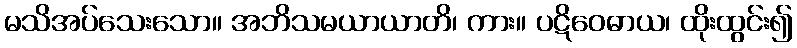
မသိအပ်သေးသော။ အဘိသမယာယာတိ၊ ကား။ ပဋိဝေဓာယ၊ ထိုးထွင်း၍